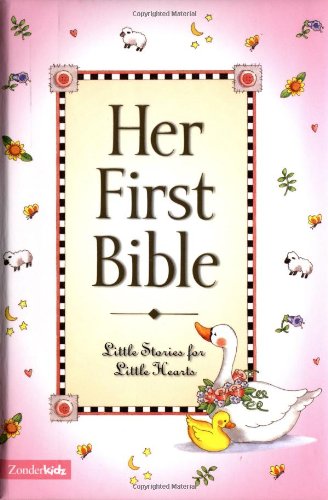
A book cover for Her First Bible; Melody Carlson; Christian Books & Bibles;